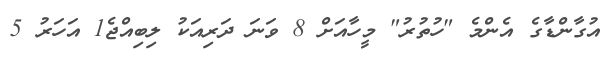
އުގާންޑާގެ އެންމެ "ހުތުރު" މީހާއަށް 8 ވަނަ ދަރިއަކު ލިބިއްޖެ1 އަހަރު 5